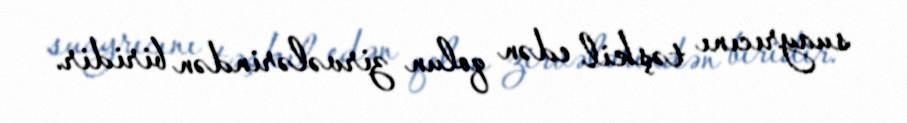
suayrıcını təşkil edən qolun zirvələrindən biridir.